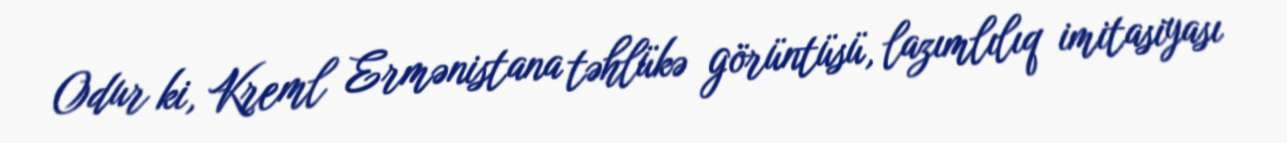
Odur ki, Kreml Ermənistana təhlükə görüntüsü, lazımlılıq imitasiyası